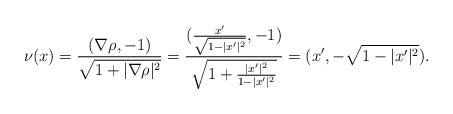
\begin{align*} \nu(x)=\frac{( \nabla \rho,-1 )}{\sqrt{1+|\nabla \rho|^2}}=\frac{(\frac{x'}{\sqrt{1-|x'|^2}},-1 )}{\sqrt{1+\frac{|x'|^2}{1-|x'|^2}}}=(x',-\sqrt{1-|x'|^2}).\end{align*}